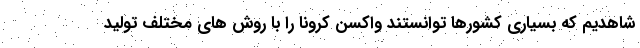
شاهدیم که بسیاری کشورها توانستند واکسن کرونا را با روش های مختلف تولید